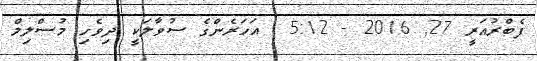
ފެބްރުއަރީ 27